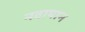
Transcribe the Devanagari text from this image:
नवायान